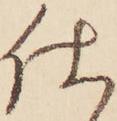
仕